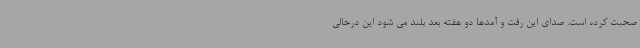
صحبت کرده است. صدای این رفت و آمدها دو هفته بعد بلند می شود این درحالی